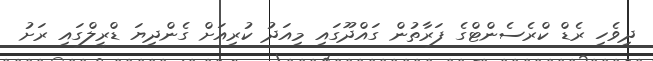
ދިވެހި ރެޑް ކްރެސެންޓްގެ ފަރާތުން ގައްދޫގައި މިއަދު ކުރިއަށް ގެންދިޔަ ޑްރީލްގައި ރަށު